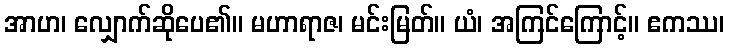
အာဟ၊ လျှောက်ဆိုပေ၏။ မဟာရာဇ၊ မင်းမြတ်။ ယံ၊ အကြင်ကြောင့်။ ဧကဿ၊